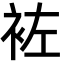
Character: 袏